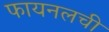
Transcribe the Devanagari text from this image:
फायनलची